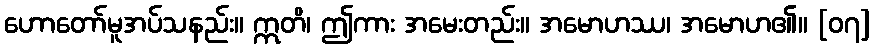
ဟောတော်မူအပ်သနည်း။ ဣတိ၊ ဤကား အမေးတည်း။ အမောဟဿ၊ အမောဟ၏။ [၀၇]